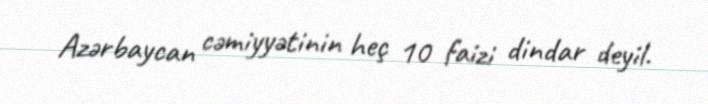
Azərbaycan cəmiyyətinin heç 10 faizi dindar deyil.